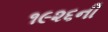
૧૯૨૬ની